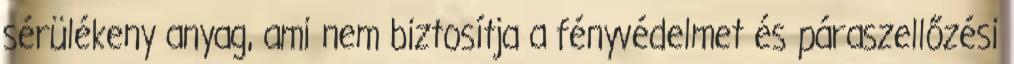
sérülékeny anyag, ami nem biztosítja a fényvédelmet és páraszellőzési